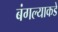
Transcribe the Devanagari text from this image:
बंगल्याकडे